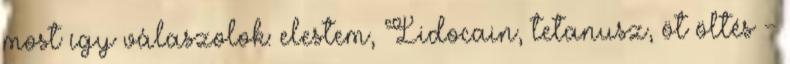
most így válaszolok: elestem, Lidocain, tetanusz, öt öltés -